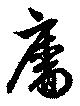
廧